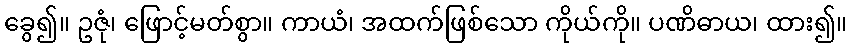
ခွေ၍။ ဥဇုံ၊ ဖြောင့်မတ်စွာ။ ကာယံ၊ အထက်ဖြစ်သော ကိုယ်ကို။ ပဏိဓာယ၊ ထား၍။